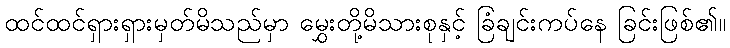
ထင်ထင်ရှားရှားမှတ်မိသည်မှာ မွှေးတို့မိသားစုနှင့် ခြံချင်းကပ်နေ ခြင်းဖြစ်၏။